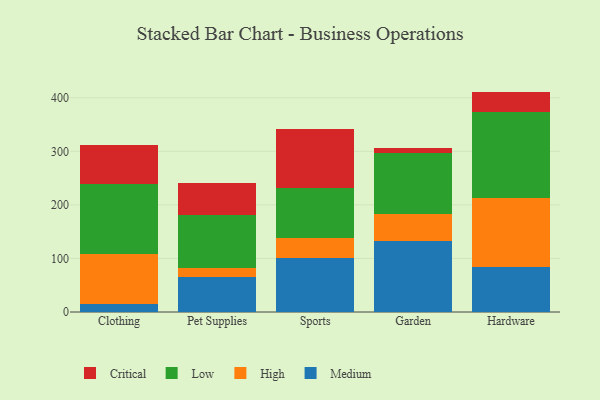
{"axis": {"x": "Category", "y": "Bounce Rate (%)"}, "legend": ["Critical", "High", "Low", "Medium"], "data": [{"x": "Clothing", "y": 15.6, "type": "Medium"}, {"x": "Clothing", "y": 92.4, "type": "High"}, {"x": "Clothing", "y": 130.3, "type": "Low"}, {"x": "Clothing", "y": 73.6, "type": "Critical"}, {"x": "Pet Supplies", "y": 64.9, "type": "Medium"}, {"x": "Pet Supplies", "y": 17.2, "type": "High"}, {"x": "Pet Supplies", "y": 99.2, "type": "Low"}, {"x": "Pet Supplies", "y": 60.1, "type": "Critical"}, {"x": "Sports", "y": 101.0, "type": "Medium"}, {"x": "Sports", "y": 38.0, "type": "High"}, {"x": "Sports", "y": 92.4, "type": "Low"}, {"x": "Sports", "y": 110.7, "type": "Critical"}, {"x": "Garden", "y": 132.4, "type": "Medium"}, {"x": "Garden", "y": 51.1, "type": "High"}, {"x": "Garden", "y": 114.2, "type": "Low"}, {"x": "Garden", "y": 8.8, "type": "Critical"}, {"x": "Hardware", "y": 83.3, "type": "Medium"}, {"x": "Hardware", "y": 129.9, "type": "High"}, {"x": "Hardware", "y": 160.5, "type": "Low"}, {"x": "Hardware", "y": 37.8, "type": "Critical"}]}